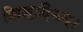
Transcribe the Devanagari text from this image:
विग्रहादिकम्।